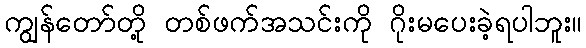
ကျွန်တော်တို့ တစ်ဖက်အသင်းကို ဂိုးမပေးခဲ့ရပါဘူး။